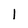
Character: l